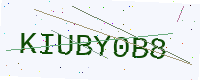
Text: KIUBY0B8